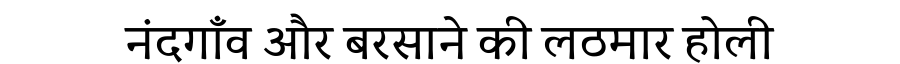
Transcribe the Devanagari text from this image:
नंदगाँव और बरसाने की लठमार होली